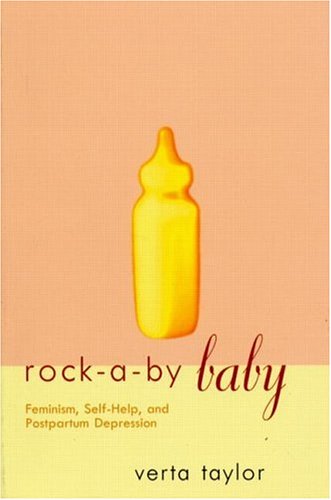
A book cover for Rock-a-by Baby: Feminism, Self-Help and Postpartum Depression (Perspectives on Gender); Verta Taylor; Health, Fitness & Dieting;